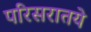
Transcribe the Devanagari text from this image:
परिसरातये